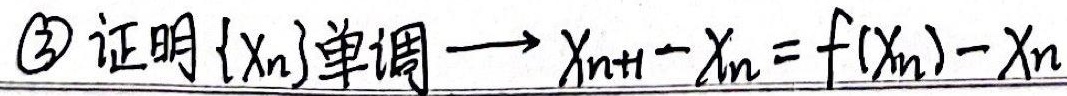
\textcircled{3} 证明 $\{x_n\}$单调$\to x_{n + 1}-x_n=f(x_n)-x_n$